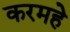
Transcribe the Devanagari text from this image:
करमहे